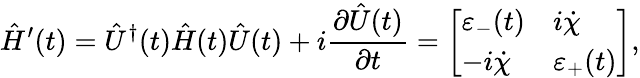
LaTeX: \hat{H}^{\prime}(t)={\hat{U}}^{\dagger}(t)\hat{H}(t)\hat{U}(t)+i\frac{\partial\hat{U}(t)}{\partial t}=\left[\begin{array}{ll}{\varepsilon_{-}(t)}&{i\dot{\chi}}\\ {-i\dot{\chi}}&{\varepsilon_{+}(t)}\end{array}\right],